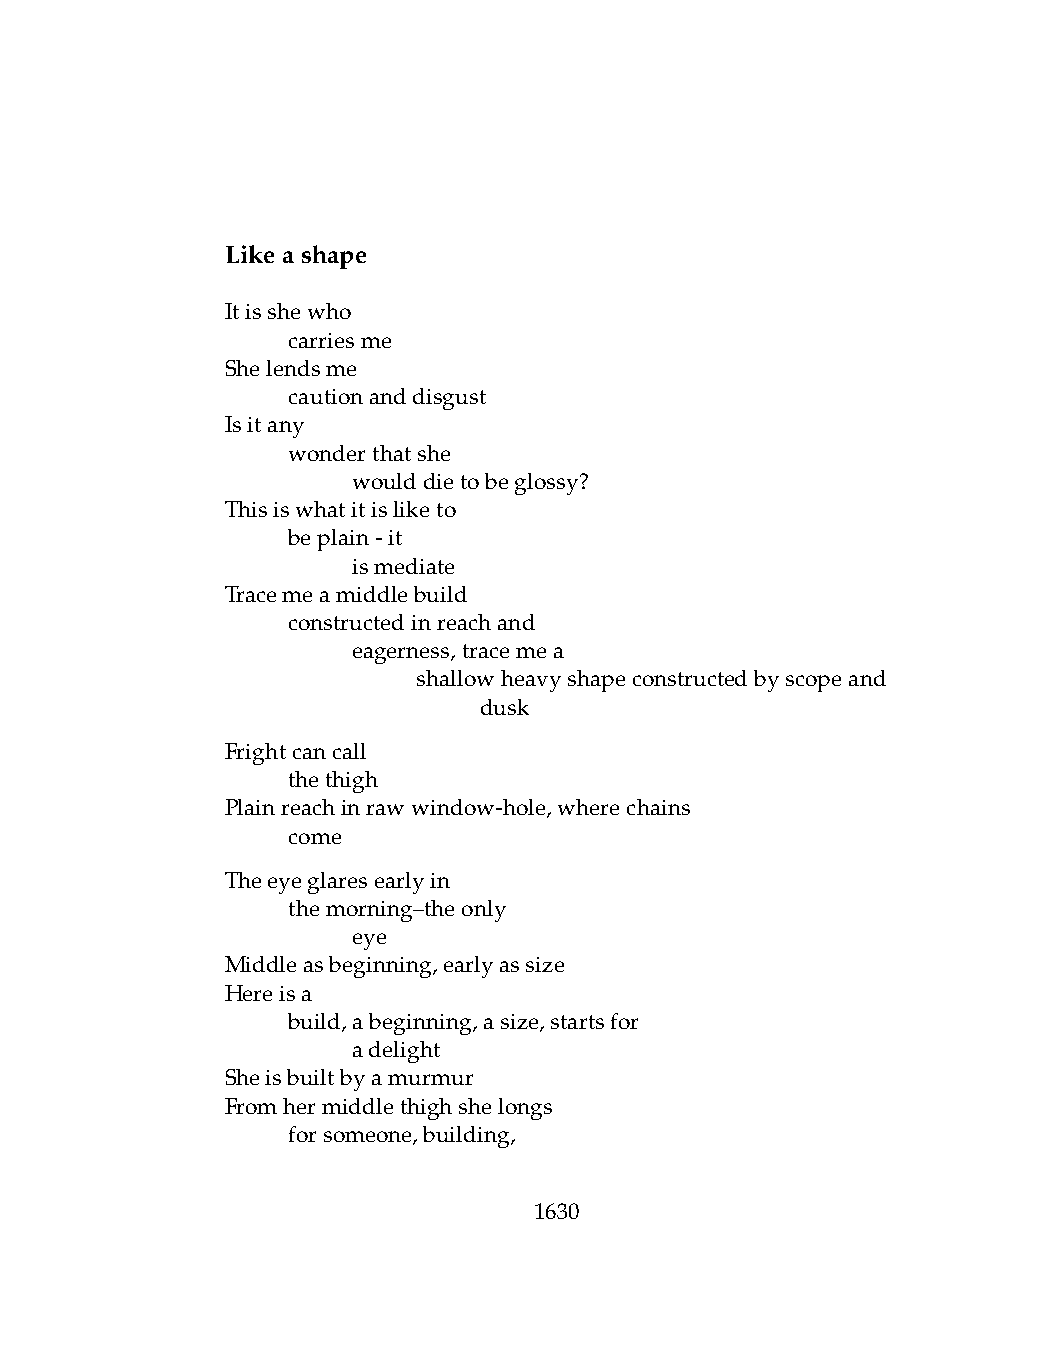
Likeashape
 Itisshewho
 .   carriesme
 Shelendsme
 .   cautionanddisgust
 Isitany
 .   wonderthatshe
 .   .   woulddietobeglossy?
 Thisiswhatitisliketo
 .   beplain-it
 .   .   ismediate
 Tracemeamiddlebuild
 .   constructedinreachand
 .   .   eagerness,tracemea
 .   .   .    shallowheavyshapeconstructedbyscopeand
 .   .   .    .   dusk
 Frightcancall
 .   thethigh
 Plainreachinrawwindow-hole,wherechains
 .   come
 Theeyeglaresearlyin
 .   themorning–theonly
 .   .   eye
 Middleasbeginning,earlyassize
 Hereisa
 .   build,abeginning,asize,startsfor
 .   .   adelight
 Sheisbuiltbyamurmur
 Fromhermiddlethighshelongs
 .   forsomeone,building,
 1630